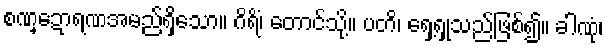
စဏ္ဍောရဏအမည်ရှိသော။ ဂိရိံ၊ တောင်သို့။ ပတိ၊ ရှေ့ရှုသည်ဖြစ်၍။ ခါဏုံ၊